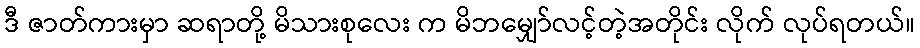
ဒီ ဇာတ်ကားမှာ ဆရာတို့ မိသားစုလေး က မိဘမျှော်လင့်တဲ့အတိုင်း လိုက် လုပ်ရတယ်။